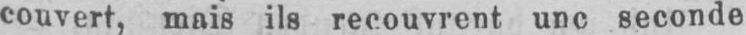
couvert, mais ils recouvrent une seconde